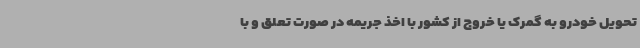
تحویل خودرو به گمرک یا خروج از کشور با اخذ جریمه در صورت تعلق و با